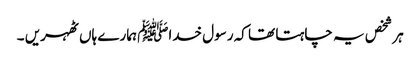
ہر شخص یہ چاہتا تھا کہ رسول خداﷺ ہمارے ہاں ٹھہریں ۔